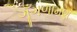
ગૂઁગળામણ